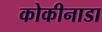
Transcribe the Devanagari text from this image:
कोकीनाडा